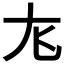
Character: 𫵎